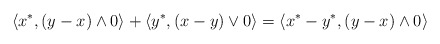
\begin{align*}\langle x^*, (y-x)\land 0\rangle+\langle y^*, (x-y)\lor 0\rangle=\langle x^*-y^*, (y-x)\land 0\rangle\end{align*}